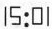
15:01